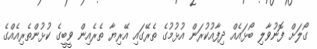
ގޯލަށް ފޮނުވާލި ބޯޅައެއް ދިފާއުކުރަން އުޅުމުގެ ތެރޭގައި އޭރިޔާ ތެރެއިން ވީބީގެ ކުޅުންތެރިއެއްގެ